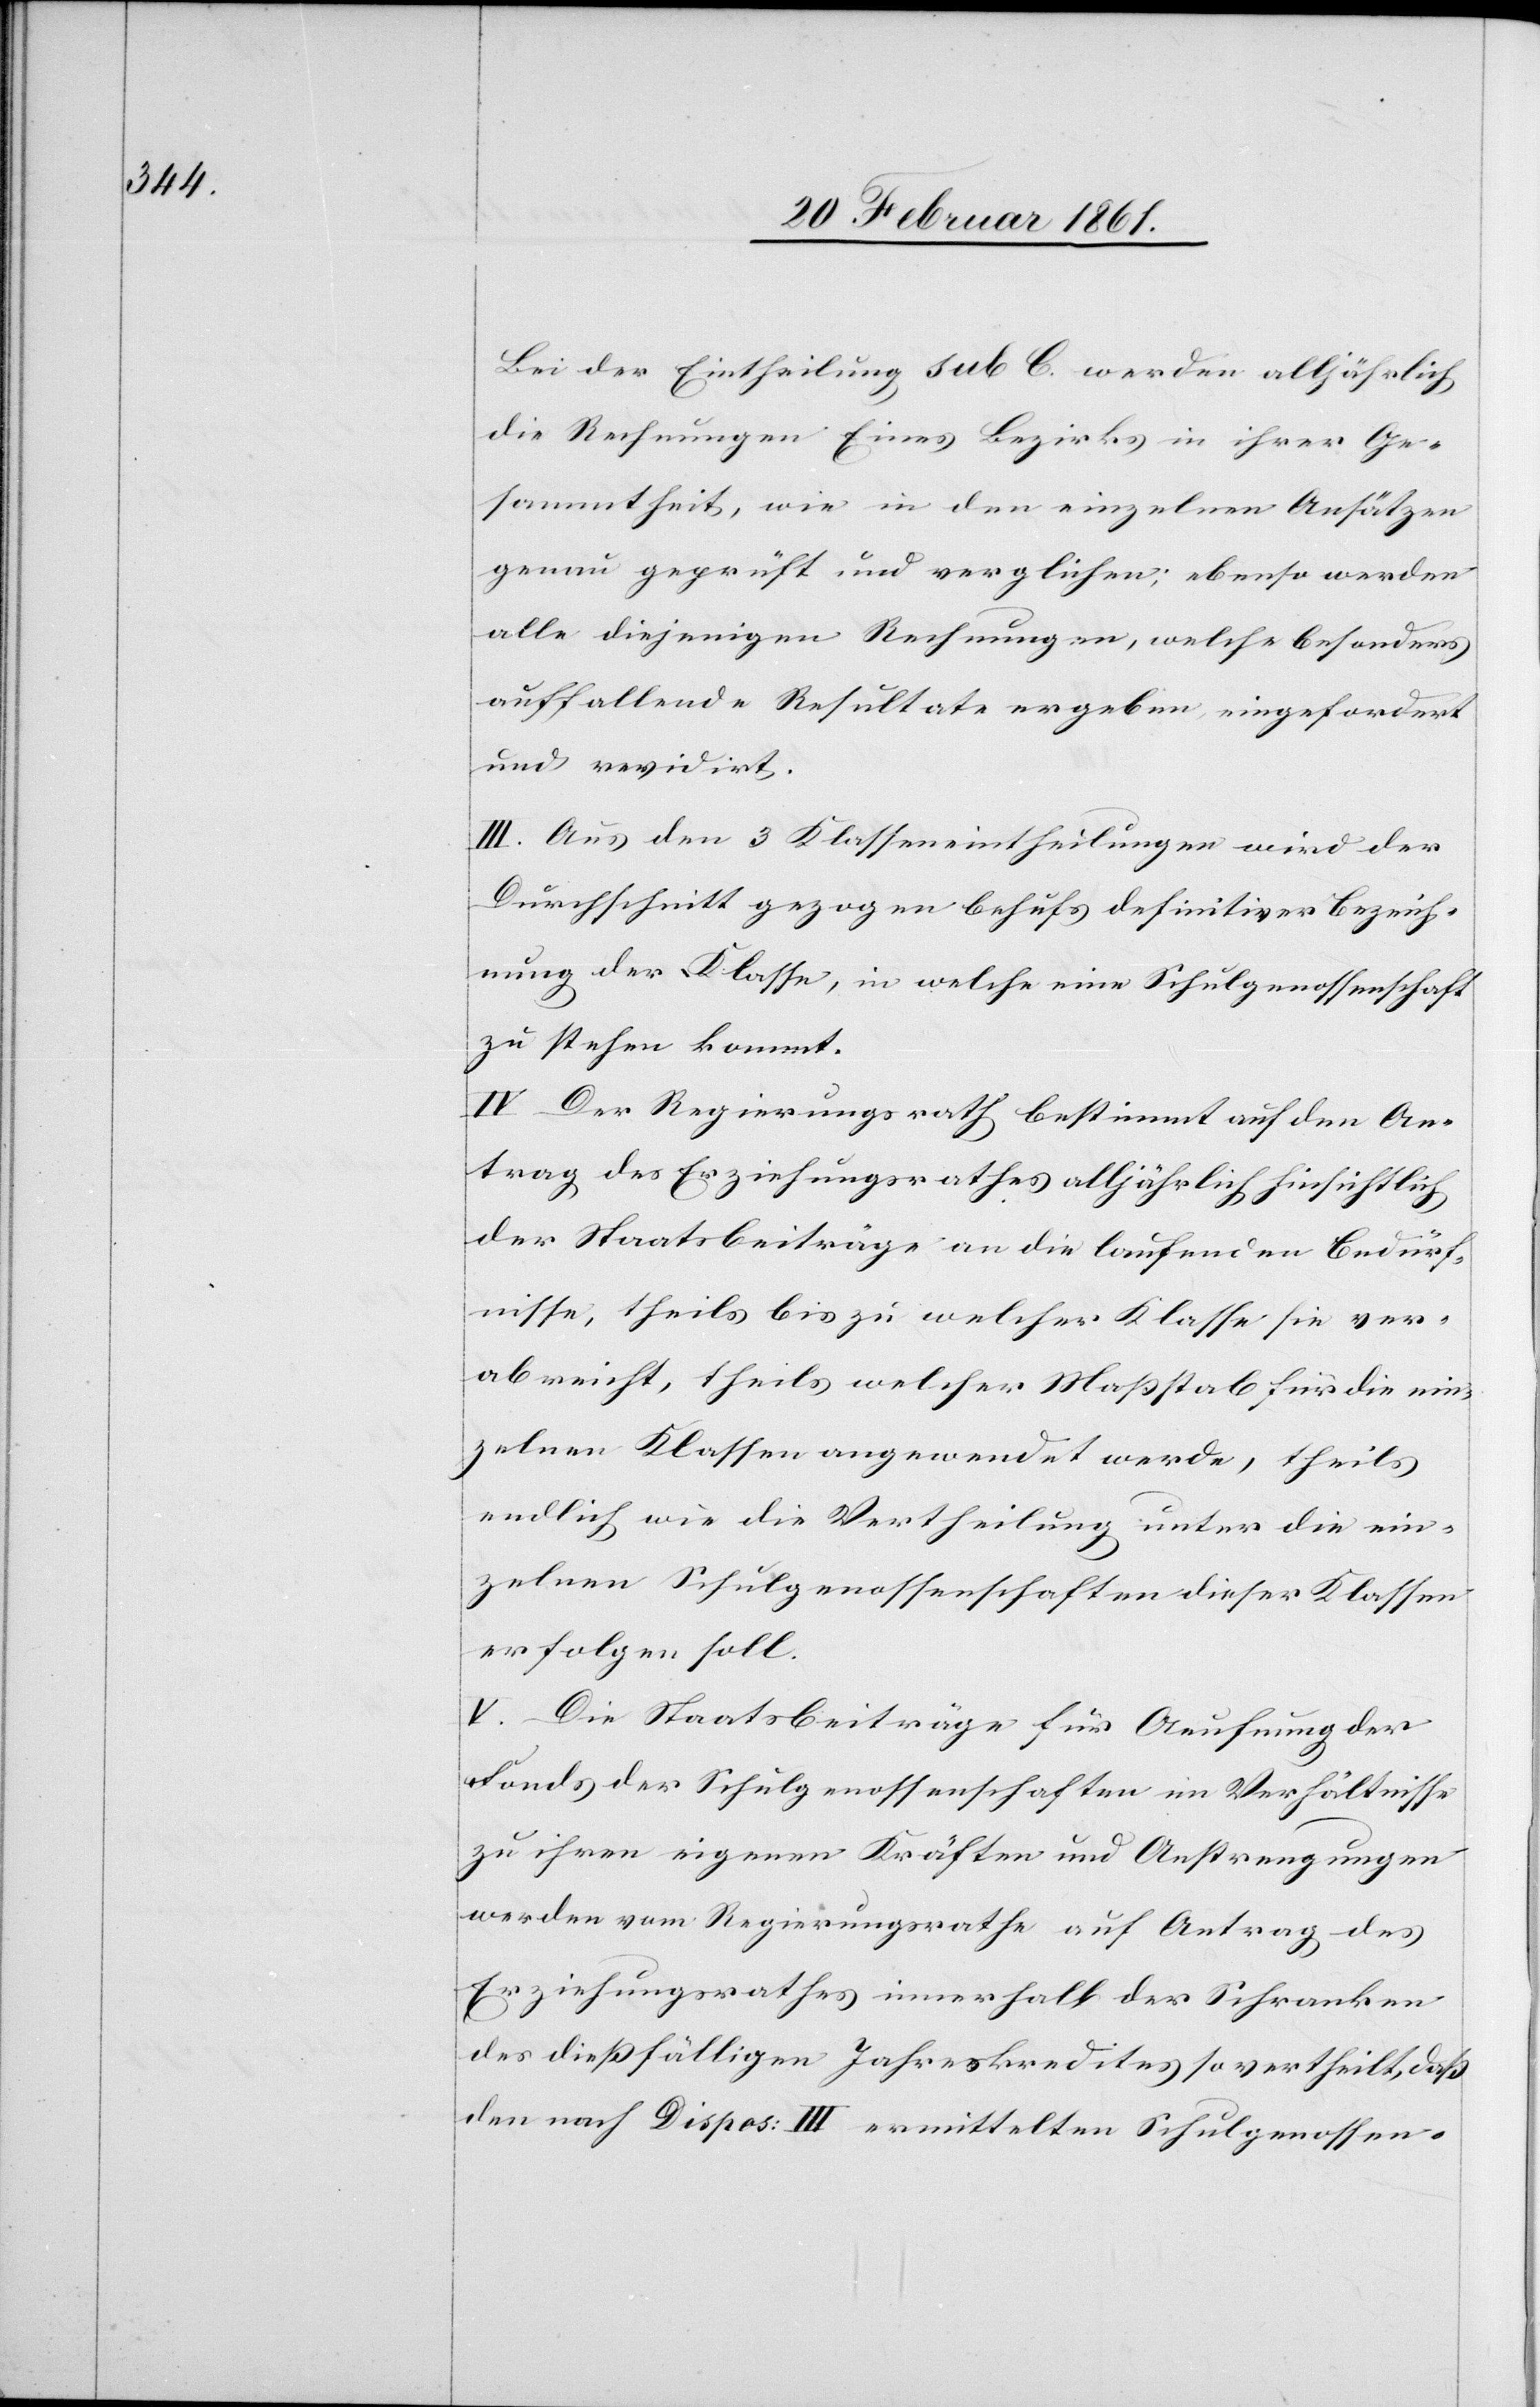
Bei der Eintheilung sub C. werden alljährlich
die Rechnungen Eines Bezirks in ihrer Ge¬
sammtheit, wie in den einzelnen Ansätzen
genau geprüft und verglichen; ebenso werden
alle diejenigen Rechnungen, welche besonders
auffallende Resultate ergeben eingefordert
und revidirt.
III. Aus den 3 Klasseneintheilungen wird der
Durchschnitt gezogen behufs definitiver Bezeich¬
nung der Klasse, in welche eine Schulgenossenschaft
zu stehen kommt.
IV. Der Regierungsrath bestimmt auf den An¬
trag des Erziehungsrathes alljährlich hinsichtlich
der Staatsbeiträge an die laufenden Bedürf¬
nisse, theils bis zu welcher Klasse sie ver¬
abreicht, theils welcher Massstab für die ein¬
zelnen Klassen angewendet werde; theils
endlich wie die Vertheilung unter die ein¬
zelnen Schulgenossenschaften dieser Klassen
erfolgen soll.
V. Die Staatsbeiträge für Aeufnung der
Fonds der Schulgenossenschaften im Verhältnisse
zu ihren eigenen Kräften und Anstrengungen
werden vom Regierungsrathe auf Antrag des
Erziehungsrathes innerhalb der Schranken
des dießfälligen Jahreskredites so vertheilt, dass
den nach Dispos. III ermittelten Schulgenossen-